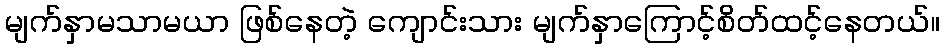
မျက်နှာမသာမယာ ဖြစ်နေတဲ့ ကျောင်းသား မျက်နှာကြောင့်စိတ်ထင့်နေတယ်။